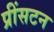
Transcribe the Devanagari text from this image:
प्रींसटन